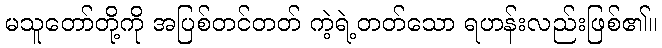
မသူတော်တို့ကို အပြစ်တင်တတ် ကဲ့ရဲ့တတ်သော ရဟန်းလည်းဖြစ်၏။